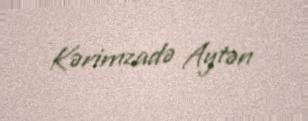
Kərimzadə Aytən